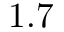
1 . 7